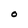
Character: O